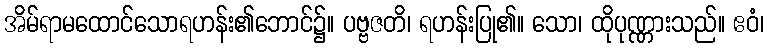
အိမ်ရာမထောင်သောရဟန်း၏ဘောင်၌။ ပဗ္ဗဇတိ၊ ရဟန်းပြု၏။ သော၊ ထိုပုဏ္ဏားသည်။ ဧဝံ၊